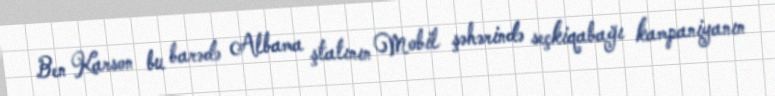
Ben Karson bu barədə Albama ştatının Mobil şəhərində seçkiqabağı kampaniyanın